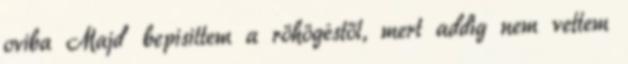
oviba Majd' bepisiltem a röhögéstől, mert addig nem vettem